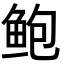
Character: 鲍